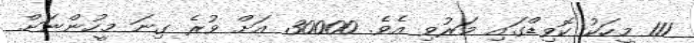
111 މީހަކު ކޮވިޑްގައި މަރުވި އެވެ. 30000 އަށް ވުރެ ގިނަ މީހުންނަށް